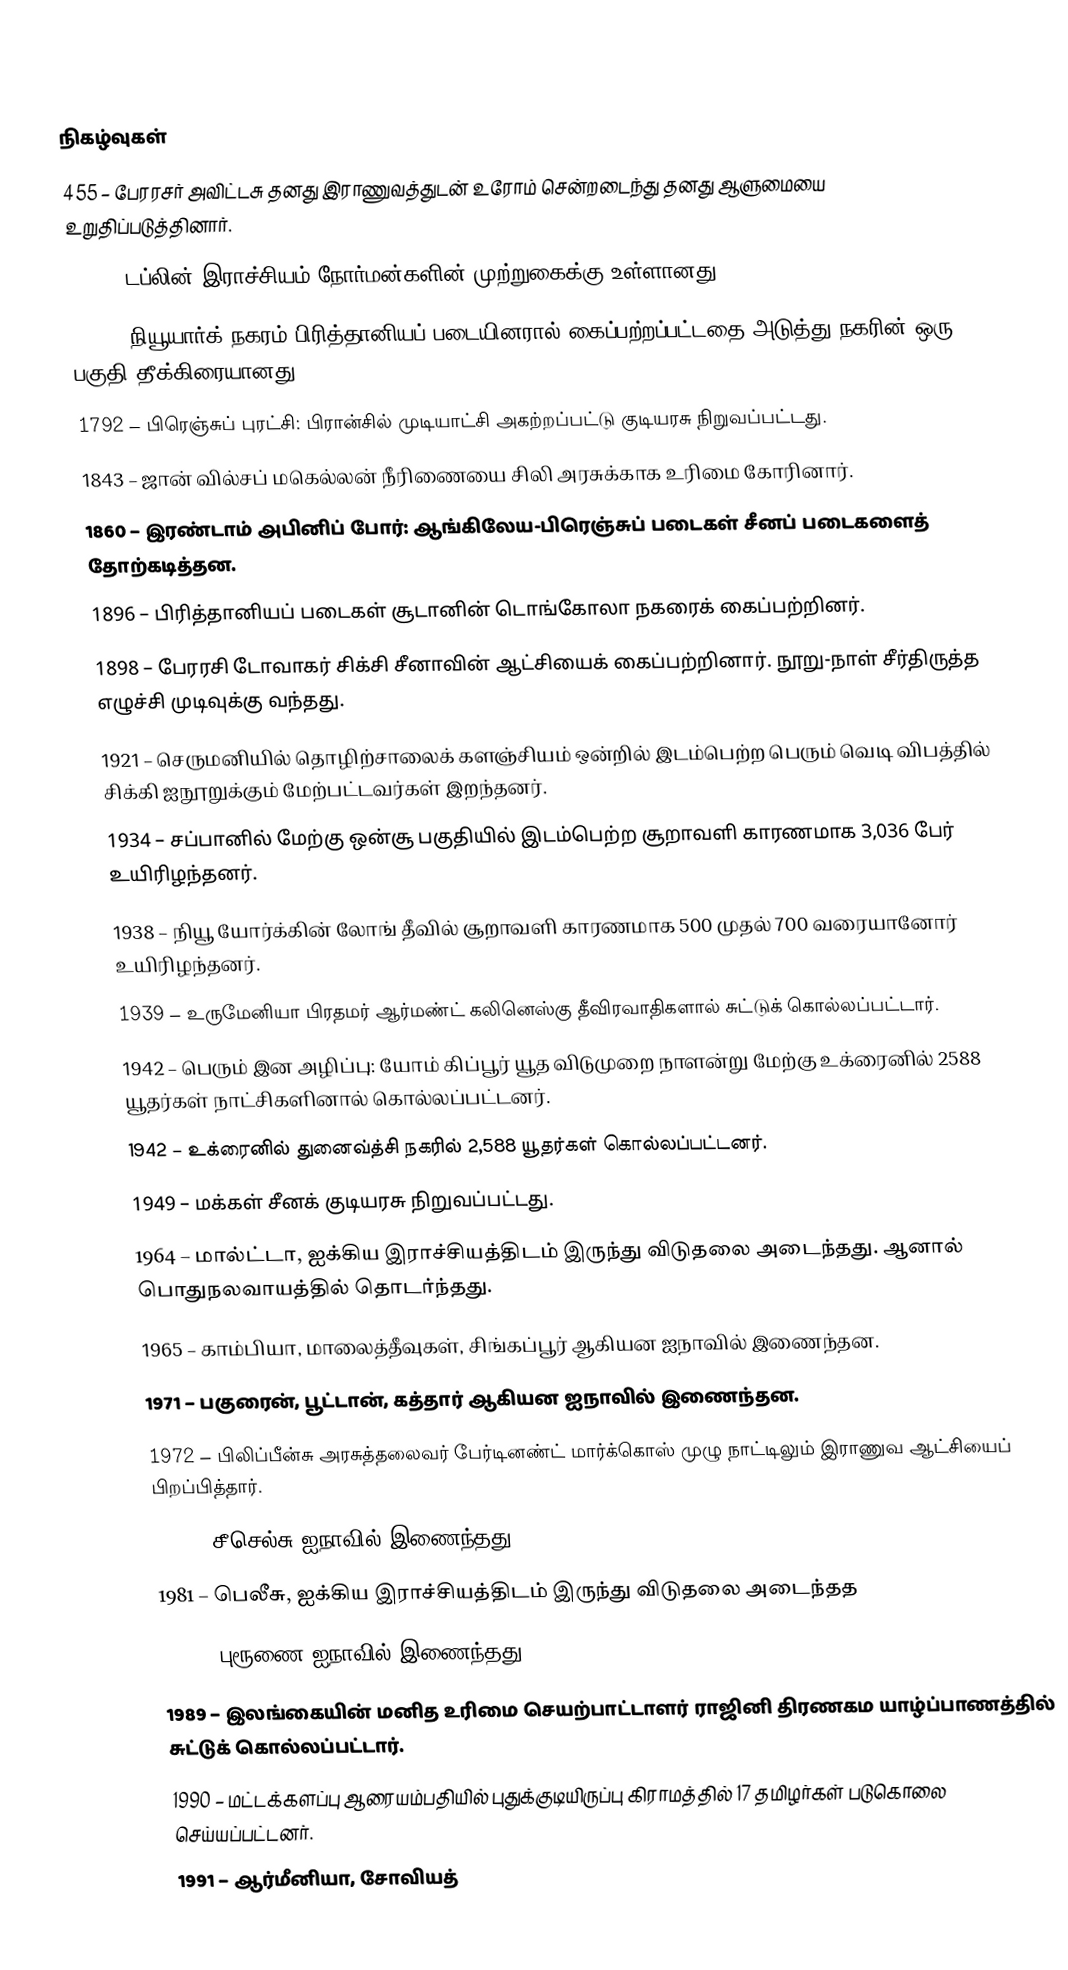

நிகழ்வுகள்
 455 – பேரரசர் அவிட்டசு தனது இராணுவத்துடன் உரோம் சென்றடைந்து தனது ஆளுமையை உறுதிப்படுத்தினார்.
1170 – டப்லின் இராச்சியம் நோர்மன்களின் முற்றுகைக்கு உள்ளானது.
1776 – நியூயார்க் நகரம் பிரித்தானியப் படையினரால் கைப்பற்றப்பட்டதை அடுத்து நகரின் ஒரு பகுதி தீக்கிரையானது.
1792 – பிரெஞ்சுப் புரட்சி: பிரான்சில் முடியாட்சி அகற்றப்பட்டு குடியரசு நிறுவப்பட்டது.
1843 – ஜான் வில்சப் மகெல்லன் நீரிணையை சிலி அரசுக்காக உரிமை கோரினார்.
1860 – இரண்டாம் அபினிப் போர்: ஆங்கிலேய-பிரெஞ்சுப் படைகள் சீனப் படைகளைத் தோற்கடித்தன.
1896 – பிரித்தானியப் படைகள் சூடானின் டொங்கோலா நகரைக் கைப்பற்றினர்.
1898 – பேரரசி டோவாகர் சிக்சி சீனாவின் ஆட்சியைக் கைப்பற்றினார். நூறு-நாள் சீர்திருத்த எழுச்சி முடிவுக்கு வந்தது.
1921 – செருமனியில் தொழிற்சாலைக் களஞ்சியம் ஒன்றில் இடம்பெற்ற பெரும் வெடி விபத்தில் சிக்கி ஐநூறுக்கும் மேற்பட்டவர்கள் இறந்தனர்.
1934 – சப்பானில் மேற்கு ஒன்சூ பகுதியில் இடம்பெற்ற சூறாவளி காரணமாக 3,036 பேர் உயிரிழந்தனர்.
1938 – நியூ யோர்க்கின் லோங் தீவில் சூறாவளி காரணமாக 500 முதல் 700 வரையானோர் உயிரிழந்தனர்.
1939 – உருமேனியா பிரதமர் ஆர்மண்ட் கலினெஸ்கு தீவிரவாதிகளால் சுட்டுக் கொல்லப்பட்டார்.
1942 – பெரும் இன அழிப்பு: யோம் கிப்பூர் யூத விடுமுறை நாளன்று மேற்கு உக்ரைனில் 2588 யூதர்கள் நாட்சிகளினால் கொல்லப்பட்டனர்.
1942 – உக்ரைனில் துனைவ்த்சி நகரில் 2,588 யூதர்கள் கொல்லப்பட்டனர்.
1949 – மக்கள் சீனக் குடியரசு நிறுவப்பட்டது.
1964 – மால்ட்டா, ஐக்கிய இராச்சியத்திடம் இருந்து விடுதலை அடைந்தது. ஆனால் பொதுநலவாயத்தில் தொடர்ந்தது.
1965 – காம்பியா, மாலைத்தீவுகள், சிங்கப்பூர் ஆகியன ஐநாவில் இணைந்தன.
1971 – பகுரைன், பூட்டான், கத்தார் ஆகியன ஐநாவில் இணைந்தன.
1972 – பிலிப்பீன்சு அரசுத்தலைவர் பேர்டினண்ட் மார்க்கொஸ் முழு நாட்டிலும் இராணுவ ஆட்சியைப் பிறப்பித்தார்.
1976 – சீசெல்சு ஐநாவில் இணைந்தது.
1981 – பெலீசு, ஐக்கிய இராச்சியத்திடம் இருந்து விடுதலை அடைந்தத
1984 – புரூணை ஐநாவில் இணைந்தது.
1989 – இலங்கையின் மனித உரிமை செயற்பாட்டாளர் ராஜினி திரணகம யாழ்ப்பாணத்தில் சுட்டுக் கொல்லப்பட்டார்.
1990 – மட்டக்களப்பு ஆரையம்பதியில் புதுக்குடியிருப்பு கிராமத்தில் 17 தமிழர்கள் படுகொலை செய்யப்பட்டனர்.
1991 – ஆர்மீனியா, சோவியத்